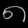
Digit: ၈